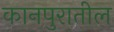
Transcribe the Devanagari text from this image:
कानपुरातील